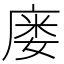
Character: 𫷹